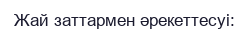
Жай заттармен әрекеттесуі: